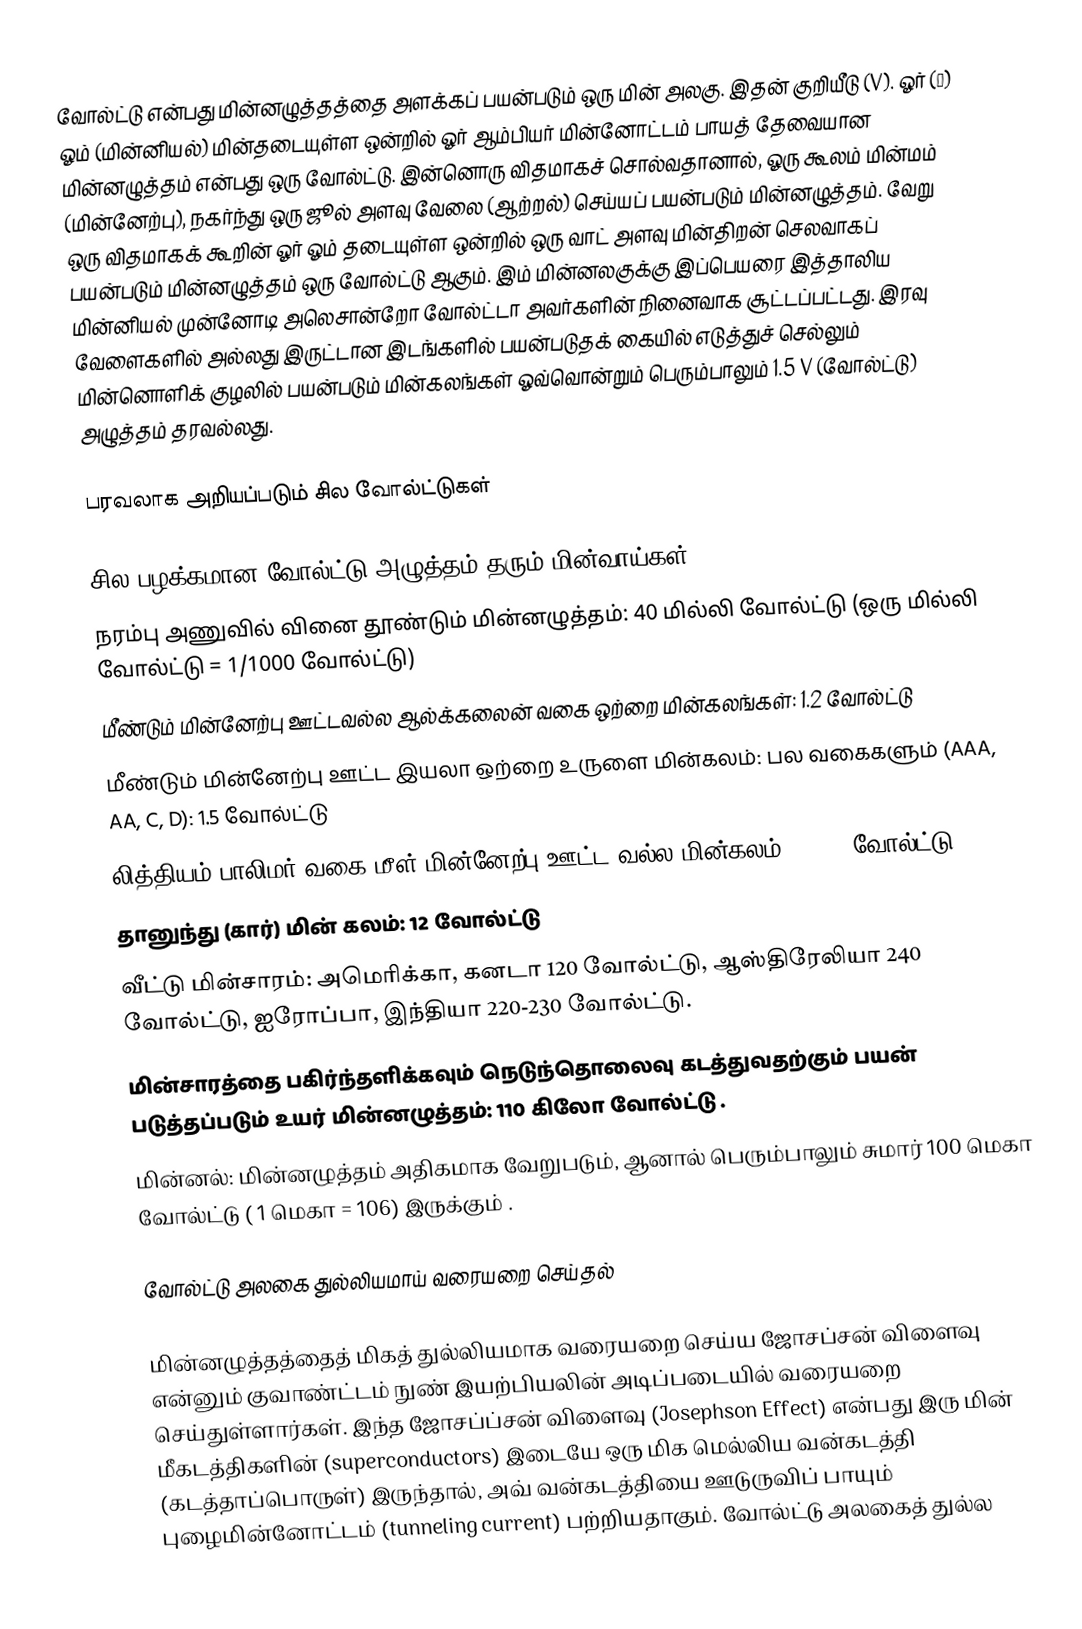
வோல்ட்டு என்பது மின்னழுத்தத்தை அளக்கப் பயன்படும் ஒரு மின் அலகு. இதன் குறியீடு (V). ஓர் (Ω) ஓம் (மின்னியல்) மின்தடையுள்ள ஒன்றில் ஓர் ஆம்பியர் மின்னோட்டம் பாயத் தேவையான மின்னழுத்தம் என்பது ஒரு வோல்ட்டு. இன்னொரு விதமாகச் சொல்வதானால், ஓரு கூலம் மின்மம் (மின்னேற்பு), நகர்ந்து ஒரு ஜூல் அளவு வேலை (ஆற்றல்) செய்யப் பயன்படும் மின்னழுத்தம். வேறு ஒரு விதமாகக் கூறின் ஓர் ஓம் தடையுள்ள ஒன்றில் ஒரு வாட் அளவு மின்திறன் செலவாகப் பயன்படும் மின்னழுத்தம் ஒரு வோல்ட்டு ஆகும். இம் மின்னலகுக்கு இப்பெயரை இத்தாலிய மின்னியல் முன்னோடி அலெசான்றோ வோல்ட்டா அவர்களின் நினைவாக சூட்டப்பட்டது. இரவு வேளைகளில் அல்லது இருட்டான இடங்களில் பயன்படுதக் கையில் எடுத்துச் செல்லும் மின்னொளிக் குழலில் பயன்படும் மின்கலங்கள் ஓவ்வொன்றும் பெரும்பாலும் 1.5 V (வோல்ட்டு) அழுத்தம் தரவல்லது.

பரவலாக அறியப்படும் சில வோல்ட்டுகள்

சில பழக்கமான வோல்ட்டு அழுத்தம் தரும் மின்வாய்கள்:
 நரம்பு அணுவில் வினை தூண்டும் மின்னழுத்தம்: 40 மில்லி வோல்ட்டு (ஒரு மில்லி வோல்ட்டு = 1/1000 வோல்ட்டு)
 மீண்டும் மின்னேற்பு ஊட்டவல்ல ஆல்க்கலைன் வகை ஒற்றை மின்கலங்கள்: 1.2 வோல்ட்டு
 மீண்டும் மின்னேற்பு ஊட்ட இயலா ஒற்றை உருளை மின்கலம்: பல வகைகளும் (AAA, AA, C, D): 1.5 வோல்ட்டு
 லித்தியம் பாலிமர் வகை மீள் மின்னேற்பு ஊட்ட வல்ல மின்கலம்: : 3.7 வோல்ட்டு
 தானுந்து (கார்) மின் கலம்: 12 வோல்ட்டு
 வீட்டு மின்சாரம்: அமெரிக்கா, கனடா 120 வோல்ட்டு, ஆஸ்திரேலியா 240 வோல்ட்டு, ஐரோப்பா, இந்தியா 220-230 வோல்ட்டு.
 மின்சாரத்தை பகிர்ந்தளிக்கவும் நெடுந்தொலைவு கடத்துவதற்கும் பயன் படுத்தப்படும் உயர் மின்னழுத்தம்: 110 கிலோ வோல்ட்டு .
 மின்னல்: மின்னழுத்தம் அதிகமாக வேறுபடும், ஆனால் பெரும்பாலும் சுமார் 100 மெகா வோல்ட்டு ( 1 மெகா = 106) இருக்கும் .

வோல்ட்டு அலகை துல்லியமாய் வரையறை செய்தல்

மின்னழுத்தத்தைத் மிகத் துல்லியமாக வரையறை செய்ய ஜோசப்சன் விளைவு என்னும் குவாண்ட்டம் நுண் இயற்பியலின் அடிப்படையில் வரையறை செய்துள்ளார்கள். இந்த ஜோசப்ப்சன் விளைவு (Josephson Effect) என்பது இரு மின் மீ்கடத்திகளின் (superconductors) இடையே ஒரு மிக மெல்லிய வன்கடத்தி (கடத்தாப்பொருள்) இருந்தால், அவ் வன்கடத்தியை ஊடுருவிப் பாயும் புழைமின்னோட்டம் (tunneling current) பற்றியதாகும். வோல்ட்டு அலகைத் துல்ல